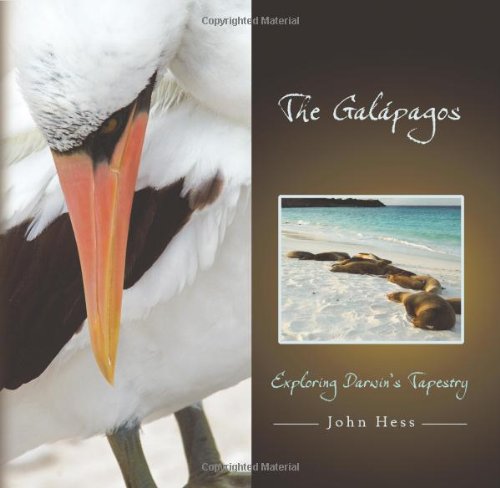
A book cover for The GalÃ¡pagos: Exploring Darwin's Tapestry; John Hess; Sports & Outdoors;